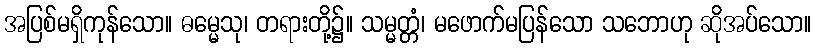
အပြစ်မရှိကုန်သော။ ဓမ္မေသု၊ တရားတို့၌။ သမ္မတ္တံ၊ မဖောက်မပြန်သော သဘောဟု ဆိုအပ်သော။